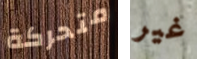
متحركة غير